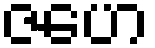
ဇဟေ